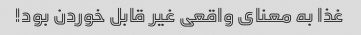
غذا به معنای واقعی غیر قابل خوردن بود!